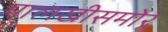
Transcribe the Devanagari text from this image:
पालखीसमोर